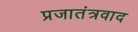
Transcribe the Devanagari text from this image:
प्रजातंत्रवाद